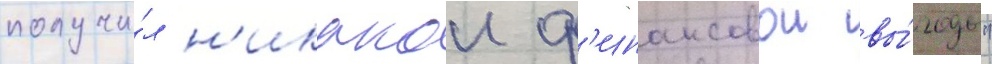
получи́л н'икакои ф'инансовои вы́годы"